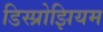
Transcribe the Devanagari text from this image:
डिस्प्रोझियम